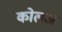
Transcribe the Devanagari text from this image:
कोलज